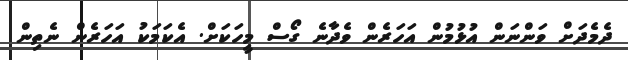
ދެމެދަށް ވަންނަން އުޅުމުން އަހަރެން ވެދާނެ ގޯސް މީހަކަށް. އެކަމަކު އަހަރެން ނެތިން